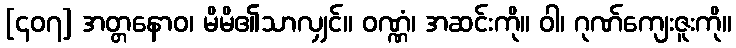
[၄၀၇] အတ္တနောဝ၊ မိမိ၏သာလျှင်။ ဝဏ္ဏံ၊ အဆင်းကို။ ဝါ၊ ဂုဏ်ကျေးဇူးကို။